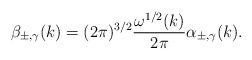
LaTeX: \begin{align*}\beta_{\pm,\gamma}(k) = (2\pi)^{3/2} \frac{\omega^{1/2} (k)}{2 \pi} \alpha_{\pm,\gamma}(k).\end{align*}